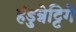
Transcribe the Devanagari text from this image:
हंडुन्नेट्टिगे